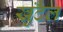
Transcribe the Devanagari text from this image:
खुंटैल